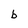
Character: b